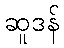
ဆူဒန်